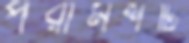
পরামর্শটি